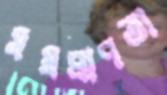
সমপ্রাণতা